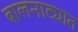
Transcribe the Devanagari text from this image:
बालनाट्यात